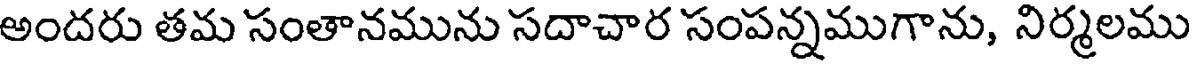
అందరు తమ సంతానమును సదాచార సంపన్నముగాను, నిర్మలము